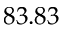
8 3 . 8 3